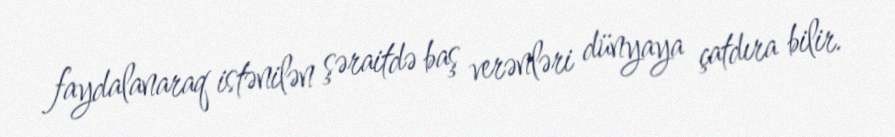
faydalanaraq istənilən şəraitdə baş verənləri dünyaya çatdıra bilir.